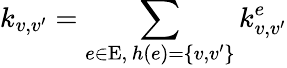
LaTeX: k_{v,v^{\prime}}=\sum_{\substack{e\in\mathrm{E},\, h\left(e\right)=\left\{ v,v^{\prime}\right\} }}k_{v,v^{\prime}}^{e}